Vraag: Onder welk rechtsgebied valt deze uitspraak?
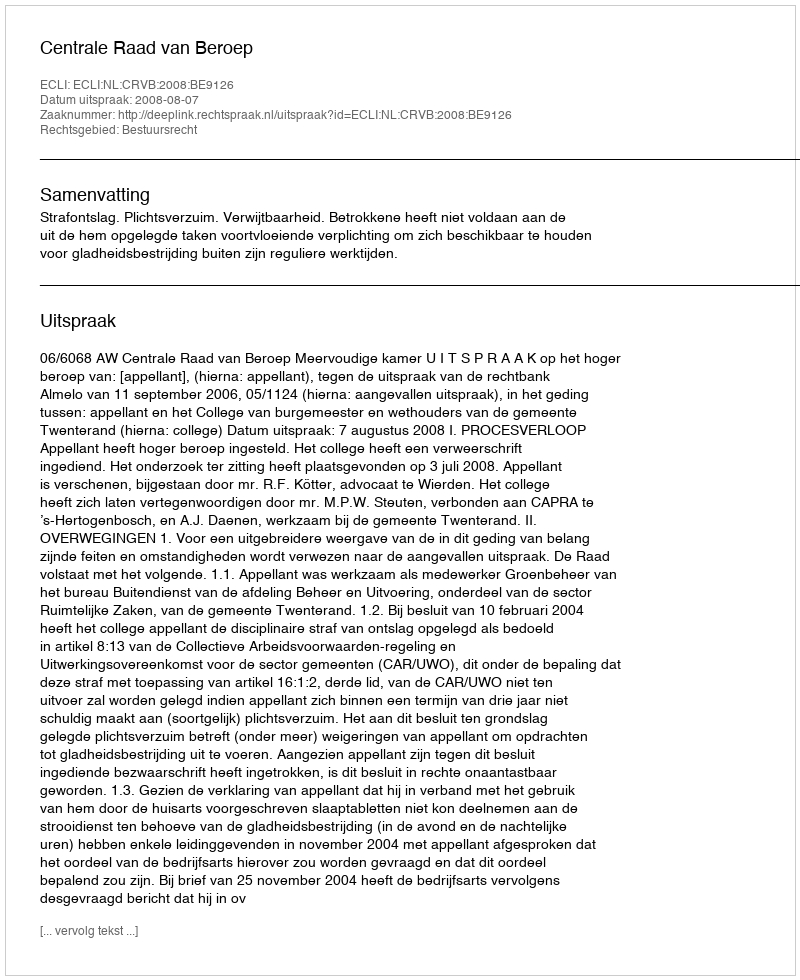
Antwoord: Bestuursrecht